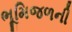
ભૂમિજળની